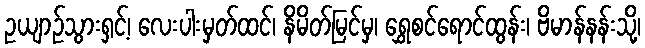
ဥယျာဉ်သွားရှင့်၊ လေးပါးမှတ်ထင်၊ နိမိတ်မြင်မှ၊ ရွှေစင်ရောင်ထွန်း၊ ဗိမာန်နန်းသို့၊